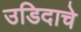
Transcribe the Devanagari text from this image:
उडिदाचे